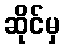
ဆိုင်မှ